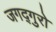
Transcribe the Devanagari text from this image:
जगद्गुरो